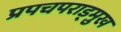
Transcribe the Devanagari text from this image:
प्रपचपराड्म़ुख